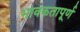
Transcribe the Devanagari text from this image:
भावकतापूर्ण